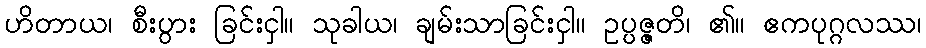
ဟိတာယ၊ စီးပွား ခြင်းငှါ။ သုခါယ၊ ချမ်းသာခြင်းငှါ။ ဥပ္ပဇ္ဇတိ၊ ၏။ ဧကပုဂ္ဂလဿ၊